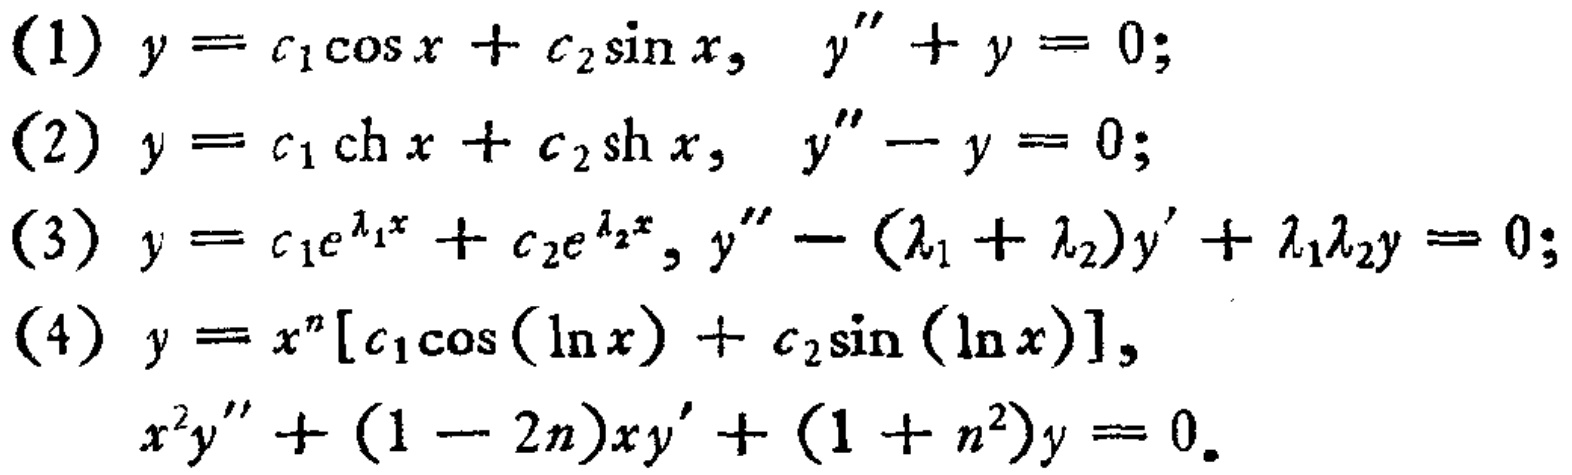
(1) \(y = c_{1}\cos x + c_{2}\sin x,\ y'' + y = 0;\)
(2) \(y = c_{1}\text{ch }x + c_{2}\text{sh }x,\ y'' - y = 0;\)
(3) \(y = c_{1}e^{\lambda_{1}x} + c_{2}e^{\lambda_{2}x},y'' - (\lambda_{1}+\lambda_{2})y'+\lambda_{1}\lambda_{2}y = 0;\)
(4) \(y = x^{n}[c_{1}\cos(\ln x)+c_{2}\sin(\ln x)],\ x^{2}y''+(1 - 2n)xy'+(1 + n^{2})y = 0.\)